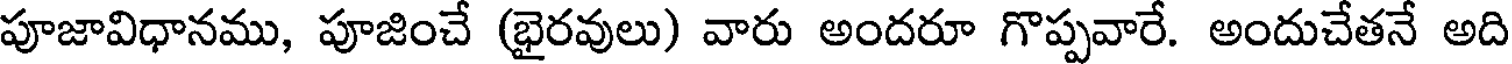
పూజావిధానము, పూజించే (భైరవులు) వారు అందరూ గొప్పవారే. అందుచేతనే అది